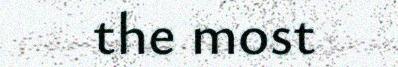
the most